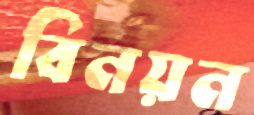
বিনয়ন